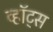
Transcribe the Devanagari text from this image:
व्हॉट्स